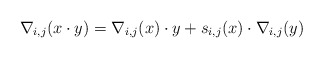
\begin{gather*}\nabla_{i,j}(x \cdot y)= \nabla_{i,j}(x) \cdot y + s_{i,j}(x) \cdot \nabla_{i,j}(y)\end{gather*}